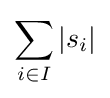
\sum _{i\in I}\left|s_{i}\right|